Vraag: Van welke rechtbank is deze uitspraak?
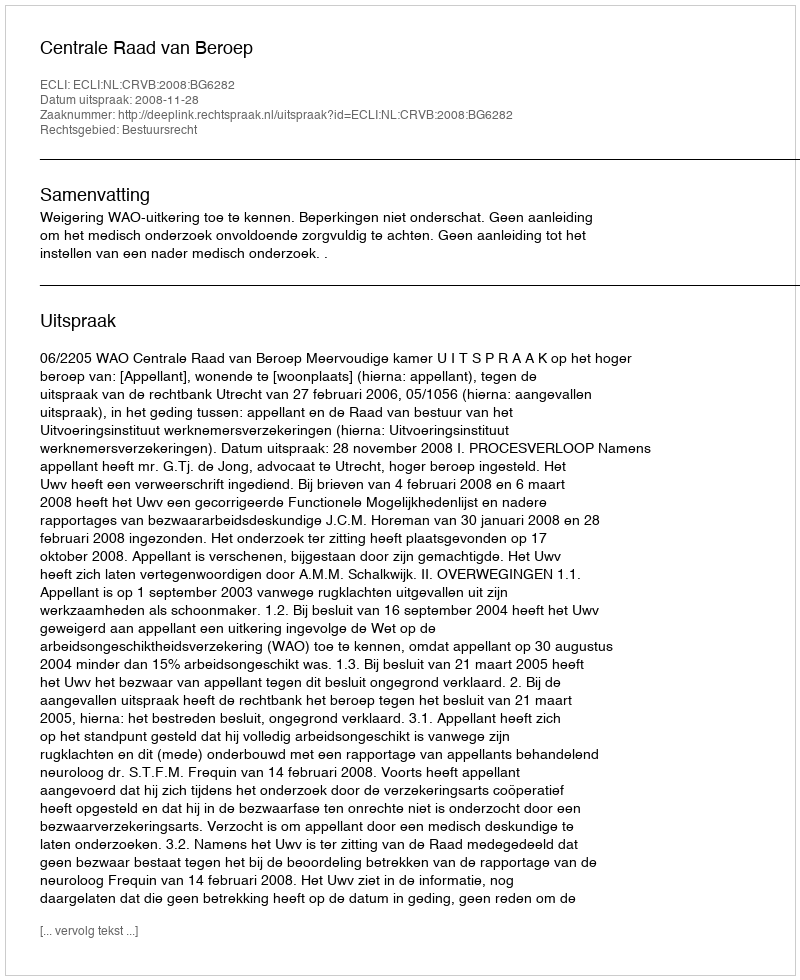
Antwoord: Centrale Raad van Beroep